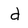
Character: d